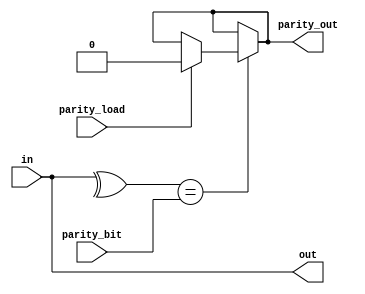
`timescale 1ns / 1ps
//////////////////////////////////////////////////////////////////////////////////
// Company: 
// Engineer: 
// 
// Design Name: 
// Module Name:    Parity_Checker 
// Project Name: 
// Target Devices: 
// Tool versions: 
// Description: 
//
// Dependencies: 
//
// Revision: 
// Revision 0.01 - File Created
// Additional Comments: 
//
//////////////////////////////////////////////////////////////////////////////////
module Parity_Checker(in, parity_load, parity_bit, parity_out, out);
input [7:0] in;
input parity_bit, parity_load;
output parity_out;
output [7:0] out;
wire temp;
assign temp = ^in; // assign ke saath no reg ??
assign parity_out = (temp == parity_bit) ? ((parity_load == 1'b1) ? 1'b0 : parity_out) : parity_out;
assign out = in;
endmodule